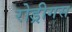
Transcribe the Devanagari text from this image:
रोड्रीगस